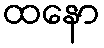
ထနော